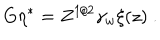
G \eta ^ { * } = Z ^ { 1 / 2 } \gamma _ { w } \xi ( z ) \ .